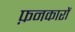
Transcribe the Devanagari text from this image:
फ़नकारों